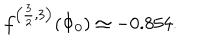
f ^ { \left( \frac { 3 } { 2 } , 3 \right) } ( \Phi _ { 0 } ) \simeq - 0 . 8 5 4 .